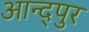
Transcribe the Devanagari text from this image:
आन्द्पुर